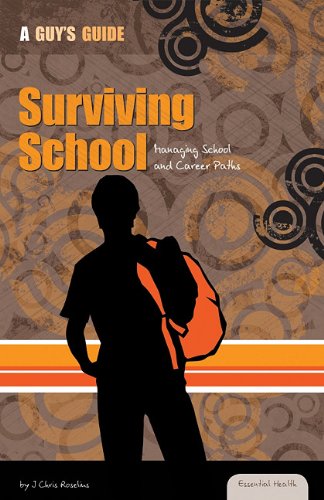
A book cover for Surviving School: Managing School and Career Paths (Essential Health: A Guy's Guide); J. Chris Roselius; Teen & Young Adult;